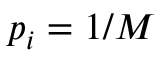
p _ { i } = 1 / M